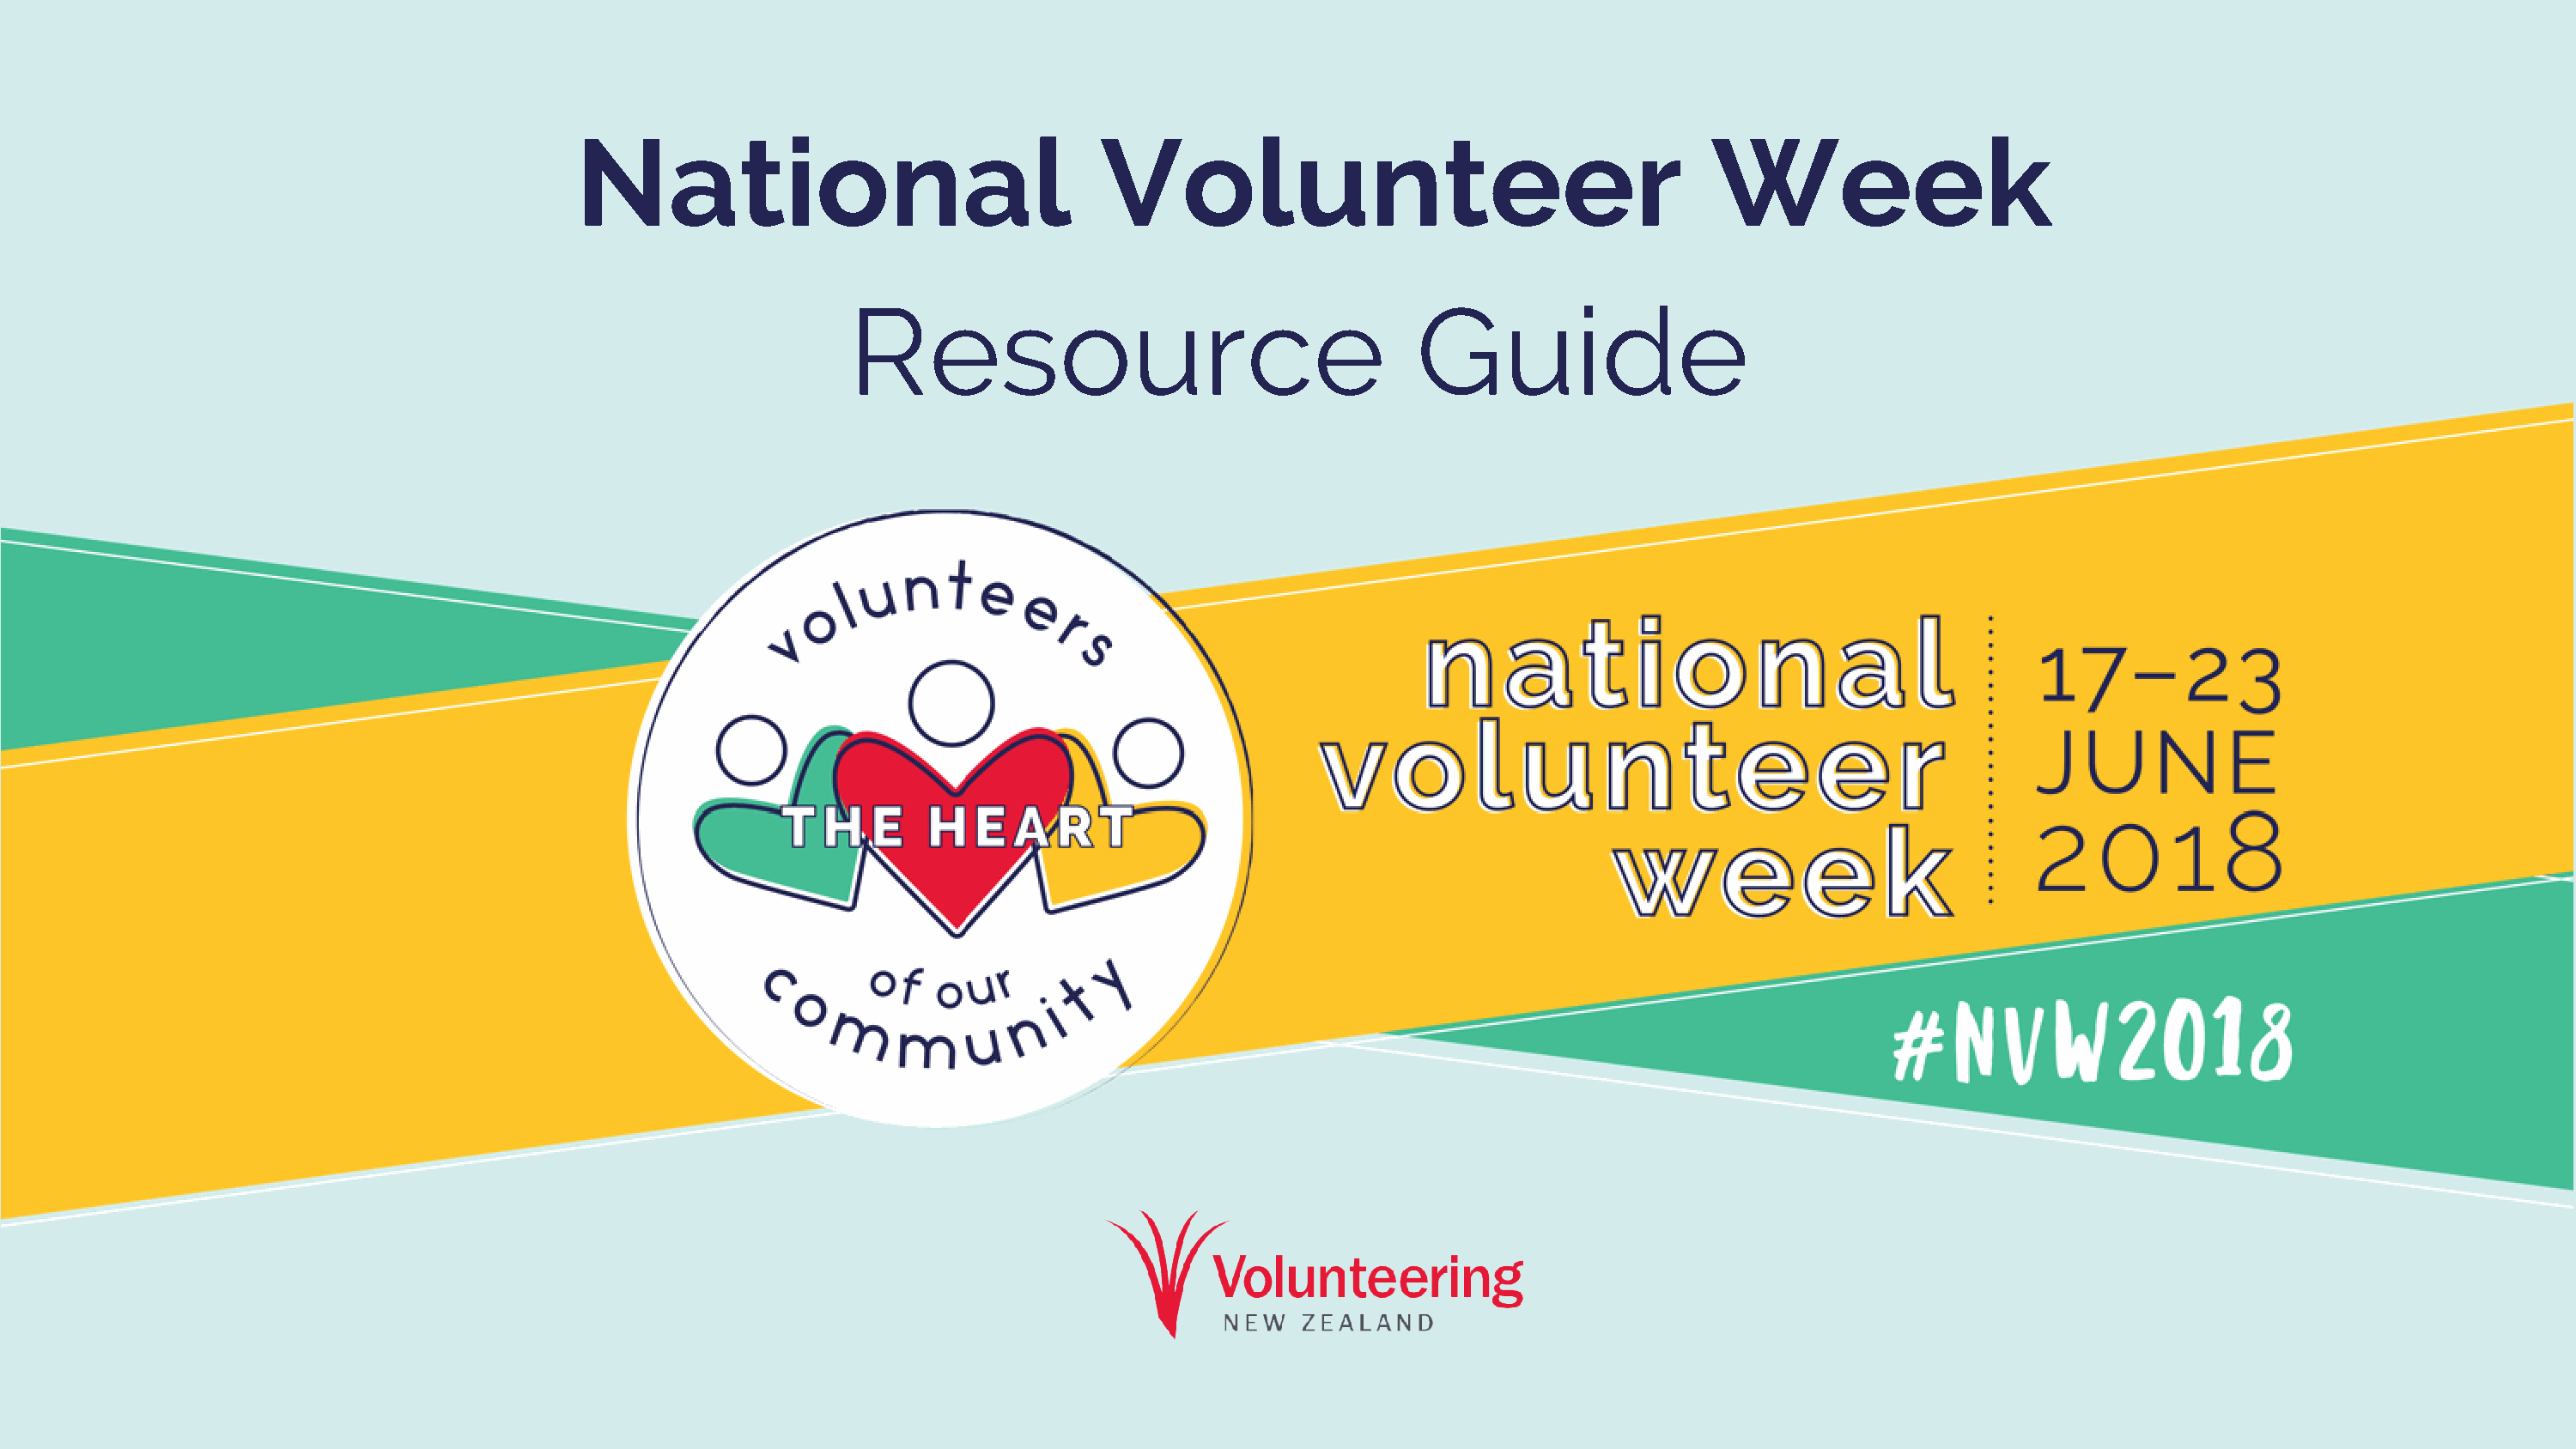
National                                 Volunteer                                      Week
 Resource                                    Guide